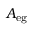
A _ { \mathrm { e g } }